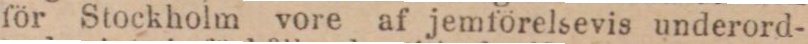
för Stockholm vore af jemförelsevis underord-